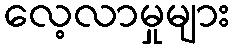
လေ့လာမှုများ